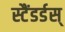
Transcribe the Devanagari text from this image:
स्टैंडर्डस्